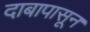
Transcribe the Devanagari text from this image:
दाबापासून